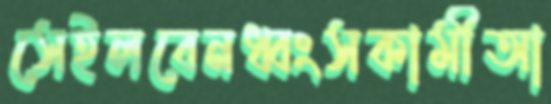
সেইলবেনধ্বংসকামীআ